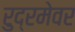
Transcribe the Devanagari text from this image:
रुद्रमेवर